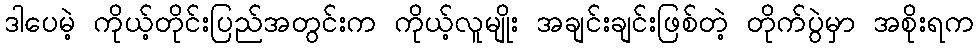
ဒါပေမဲ့ ကိုယ့်တိုင်းပြည်အတွင်းက ကိုယ့်လူမျိုး အချင်းချင်းဖြစ်တဲ့ တိုက်ပွဲမှာ အစိုးရက